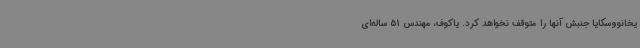
یخانووسکایا جنبش آنها را متوقف نخواهد کرد. یاکوف، مهندس 51 ساله‌ای